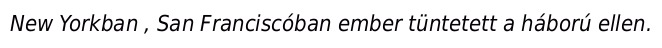
New Yorkban , San Franciscóban ember tüntetett a háború ellen.